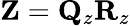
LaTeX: {\mathbf Z}={\mathbf Q}_{z}{\mathbf R}_{z}